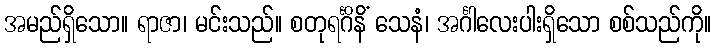
အမည်ရှိသော။ ရာဇာ၊ မင်းသည်။ စတုရင်္ဂိနိံ သေနံ၊ အင်္ဂါလေးပါးရှိသော စစ်သည်ကို။